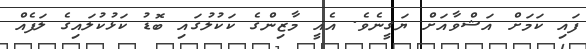
ފައި ކަމަށް އަޝްވާއަށް ޔަގީނެވެ. އެއީ މާޒިންގެ ކަކުލުގައި ބޮޑު ކަޅުކުލައިގެ ލަފެއް